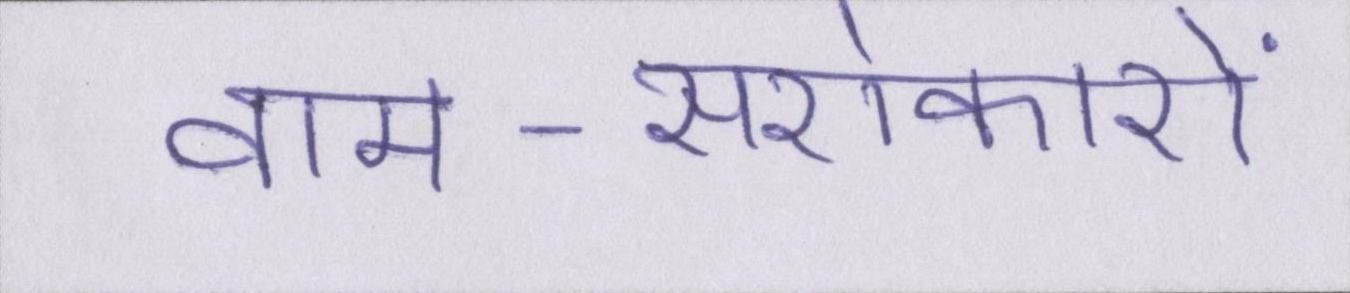
वाम-सरोकारों